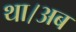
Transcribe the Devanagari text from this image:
था।अब